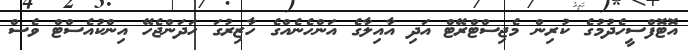
އޮޓޮފްސީހެދުމުގެ ކުރިން މެޖިސްޓްރޭޓް އަދި އާއިލާގެ އަންހެނެއްގެ ހާޒިރުގަ ހަދަންޖެހޭ އިންކުއެސްޓް ވެސް